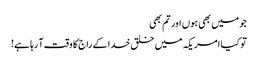
جو میں بھی ہوں اور تم بھی
تو کیا امریکہ میں خلق خدا کے راج کا وقت آ رہا ہے!